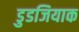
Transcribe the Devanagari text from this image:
डुडजियाक